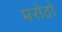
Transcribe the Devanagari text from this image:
मरोठो